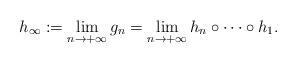
LaTeX: \begin{align*} h_\infty:=\lim_{n\to+\infty}g_n=\lim_{n\to+\infty}h_n\circ\cdots\circ h_1. \end{align*}